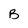
Character: B